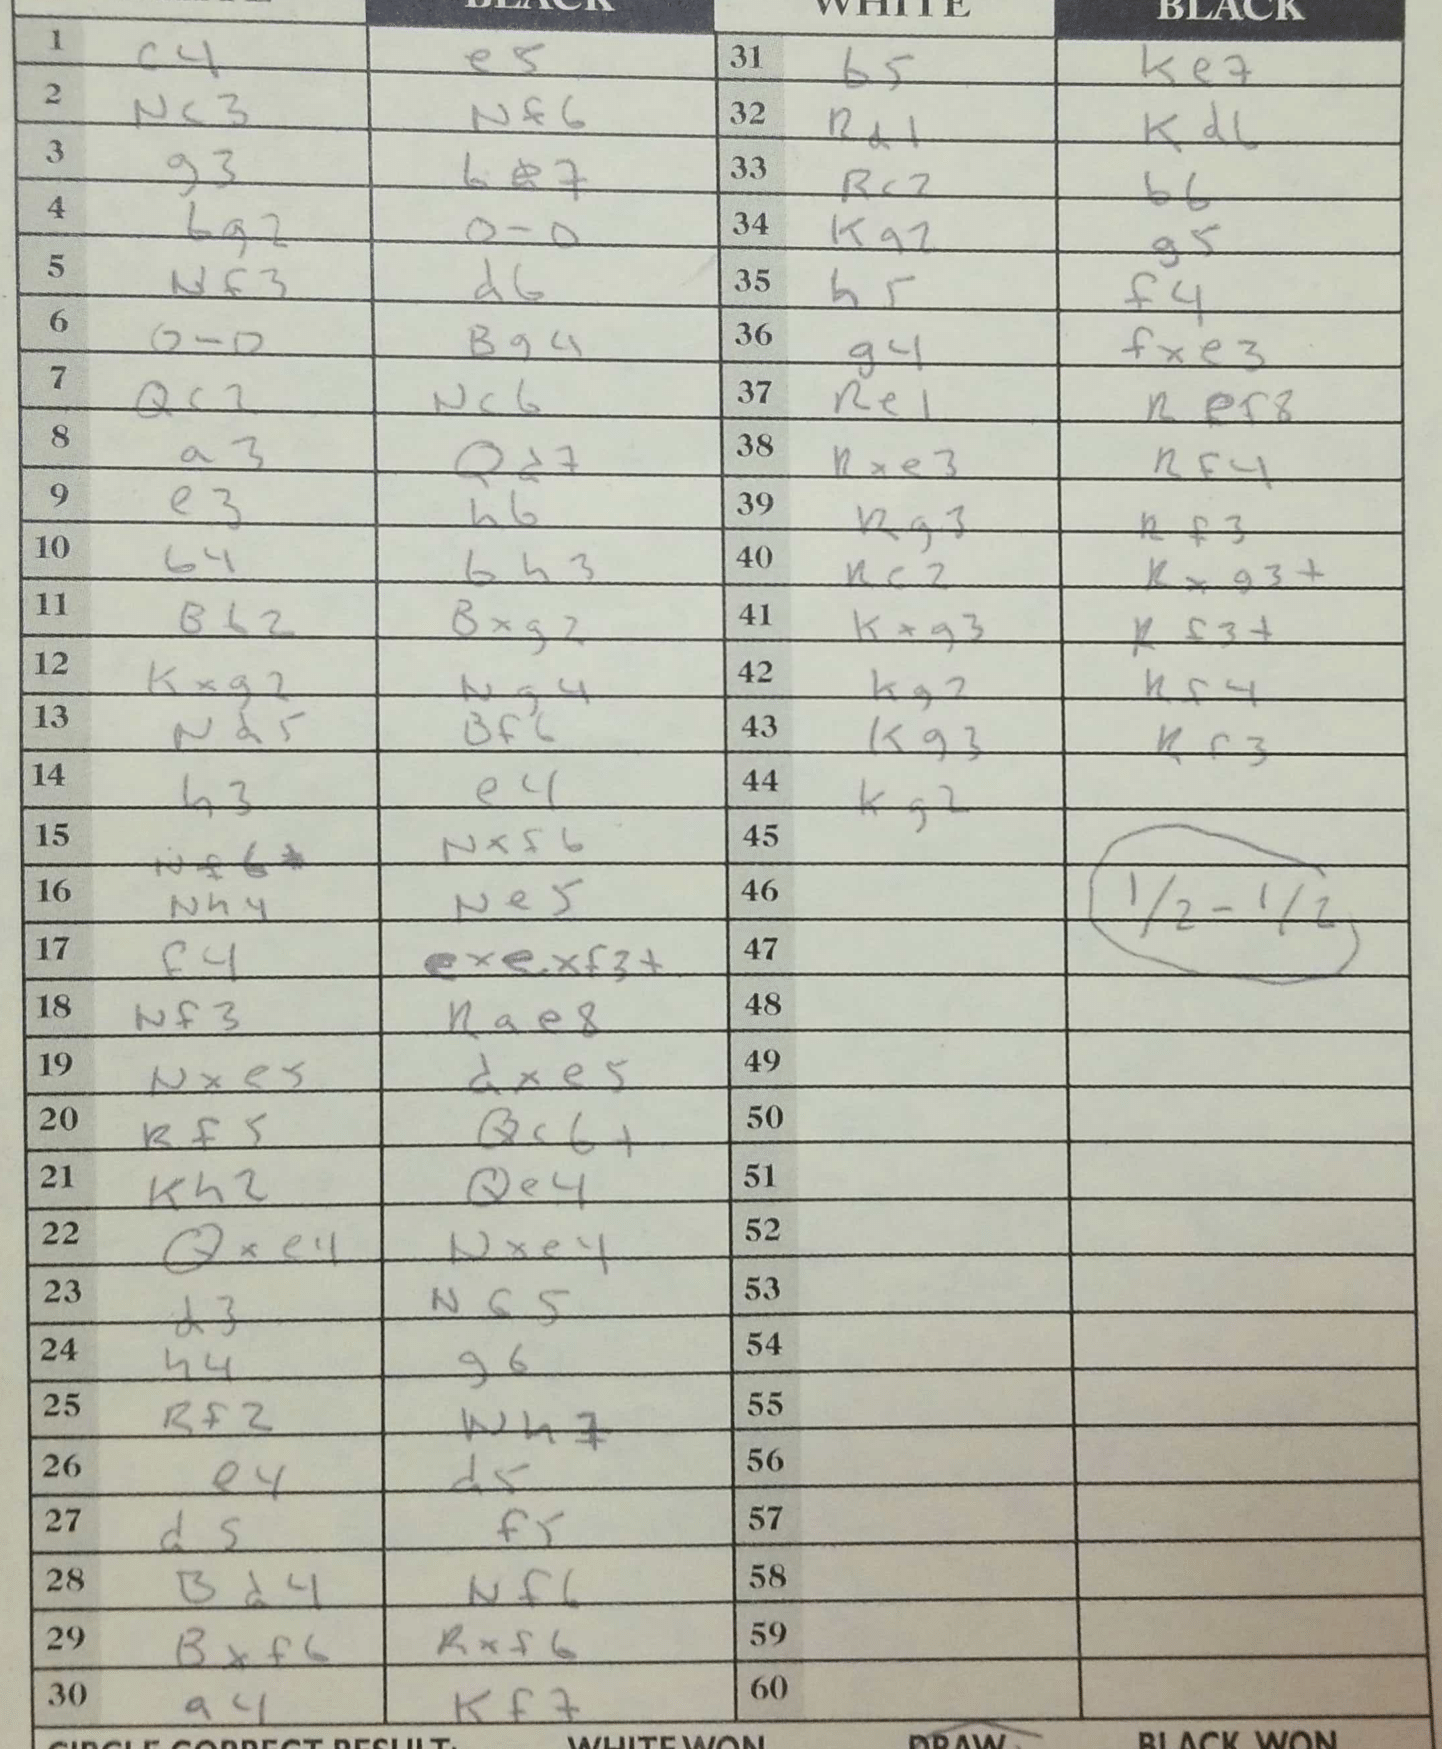
Moves: c4 e5 Nc3 Nf6 g3 Be7 Bg2 O-O Nf3 d6 O-O Bg4 Qc2 Nc6 a3 Qd7 e3 h6 b4 Bh3 Bb2 Bxg2 Kxg2 Ng4 Nd5 Bf6 h3 e4 Nxf6+ Nxf6 Nh4 Ne5 f4 exf3+ Nf3 Rae8 Nxe5 dxe5 Rf5 Qc6+ Kh2 Qe4 Qxe4 Nxe4 d3 Nb5 h4 g6 Rf2 Nh7 e4 d5 d5 f5 Bd4 Nf6 Bxf6 Rxf6 a4 Kf7 b5 Ke7 Rd1 Kd6 Rc7 b6 Ka2 g5 h5 f4 g4 fxe3 Re1 Ref8 Rxe3 Rf4 Rg3 Rf3 Rc2 Rxg3+ Kxg3 Rf3+ Kg2 Rf4 Kg3 Rf3 Kg2